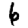
Digit: 6